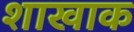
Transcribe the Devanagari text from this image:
शाखाक